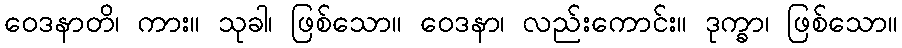
ဝေဒနာတိ၊ ကား။ သုခါ၊ ဖြစ်သော။ ဝေဒနာ၊ လည်းကောင်း။ ဒုက္ခာ၊ ဖြစ်သော။